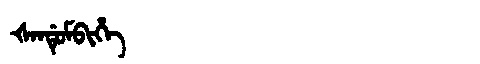
Manchu: ᡧᠠᠨᡩᡠᠮᠪᡳᡥᡝ
Romanization: ŠANDUMBIHE